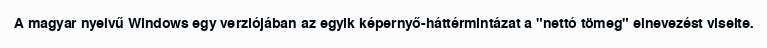
A magyar nyelvű Windows egy verziójában az egyik képernyő-háttérmintázat a "nettó tömeg" elnevezést viselte.